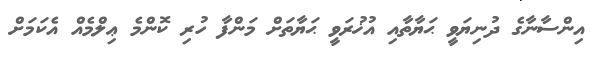
އިންސާނާގެ ދުނިޔަވީ ޙަޔާތާއި އުޚުރަވީ ޙަޔާތަށް މަންފާ ހުރި ކޮންމެ ޢިލްމެއް އެކަމަށް